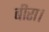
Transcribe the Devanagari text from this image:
बीरा।